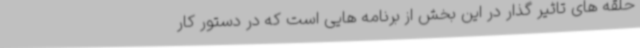
حلقه های تاثیر گذار در این بخش از برنامه هایی است که در دستور کار